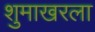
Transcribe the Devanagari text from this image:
शुमाखरला